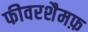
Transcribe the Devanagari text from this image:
फीवरशैमफ़